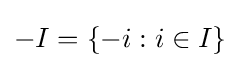
-I=\{-i:i\in I\}